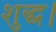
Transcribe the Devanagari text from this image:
शुद्ध।